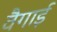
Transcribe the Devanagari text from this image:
वैगाई